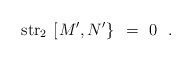
\begin{align*}{\rm str}_2 \,\left[ \left. M^{\prime} , N^{\prime} \right\} \right. \ = \ 0\ \ .\end{align*}